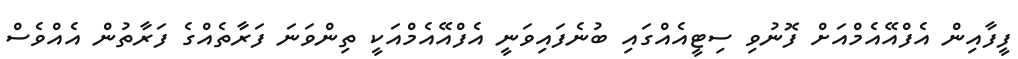
ފީފާއިން އެފްއޭއެމްއަށް ފޮނުވި ސިޓީއެއްގައި ބުނެފައިވަނީ އެފްއޭއެމްއަކީ ތިންވަނަ ފަރާތެއްގެ ފަރާތުން އެއްވެސް